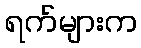
ရက်များက